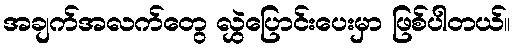
အချက်အလက်တွေ လွှဲပြောင်းပေးမှာ ဖြစ်ပါတယ်။